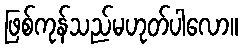
ဖြစ်ကုန်သည်မဟုတ်ပါလော။